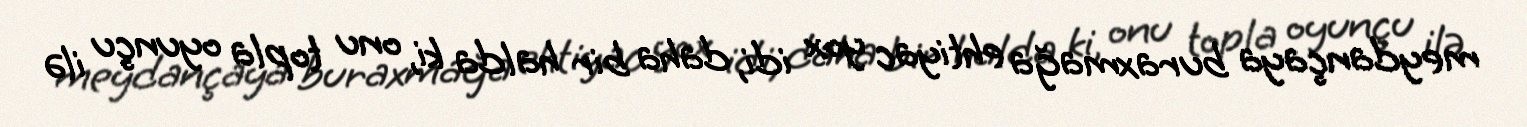
meydançaya buraxmağa ehtiyac yox idi, daha bir halda ki, onu topla oyunçu ilə